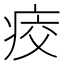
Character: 𤶀